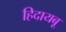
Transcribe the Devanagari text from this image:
हिदायबू